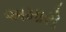
અમારો